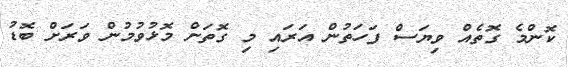
ކޮންމެ ގޮތެއް ވިޔަސް ފަހަތުން އަރައި މި ގޮތަށް މޮޅުވުމުން ވަރަށް ބޮޑު